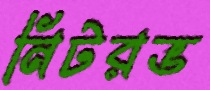
নিটরভ